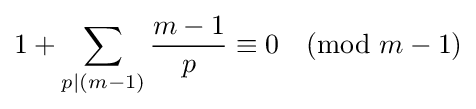
1+\sum _{p|(m-1)}{\frac {m-1}{p}}\equiv 0{\pmod {m-1}}